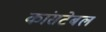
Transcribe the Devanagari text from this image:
कांसटेबल